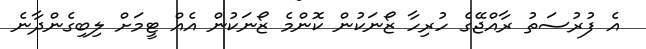
އެ ފުރުސަތު ރާއްޖޭގެ ހުރިހާ ޒޯނަކުން ކޮންމެ ޒޯނަކުން އެއް ޓީމަށް ލިބިގެންދާނެ